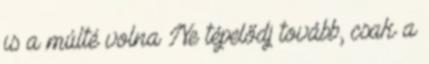
is a múlté volna Ne tépelődj tovább, csak a